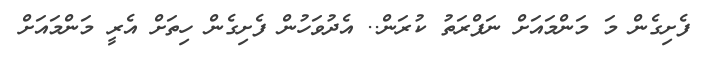
ފެށިގެން މަ މަންމައަށް ނަފްރަތު ކުރަން.. އެދުވަހުން ފެށިގެން ހިތަށް އެރީ މަންމައަށް